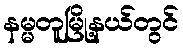
နမ္မတူမြို့နယ်တွင်